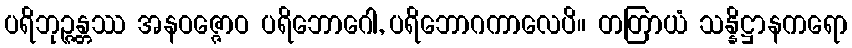
ပရိဘုဉ္ဇန္တဿ အနဝဇ္ဇောဝ ပရိဘောဂေါ, ပရိဘောဂကာလေပိ။ တတြာယံ သန္နိဋ္ဌာနကရော